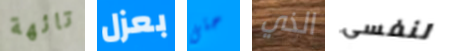
تائهة بعزل حتى الذي لنفسى